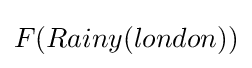
F(Rainy(london))